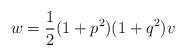
LaTeX: \begin{align*}w = \frac{1}{2} (1+p^2)(1+q^2)v\end{align*}